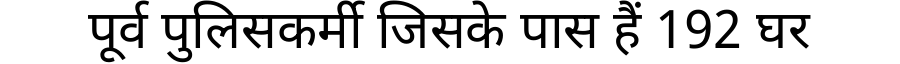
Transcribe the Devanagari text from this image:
पूर्व पुलिसकर्मी जिसके पास हैं 192 घर